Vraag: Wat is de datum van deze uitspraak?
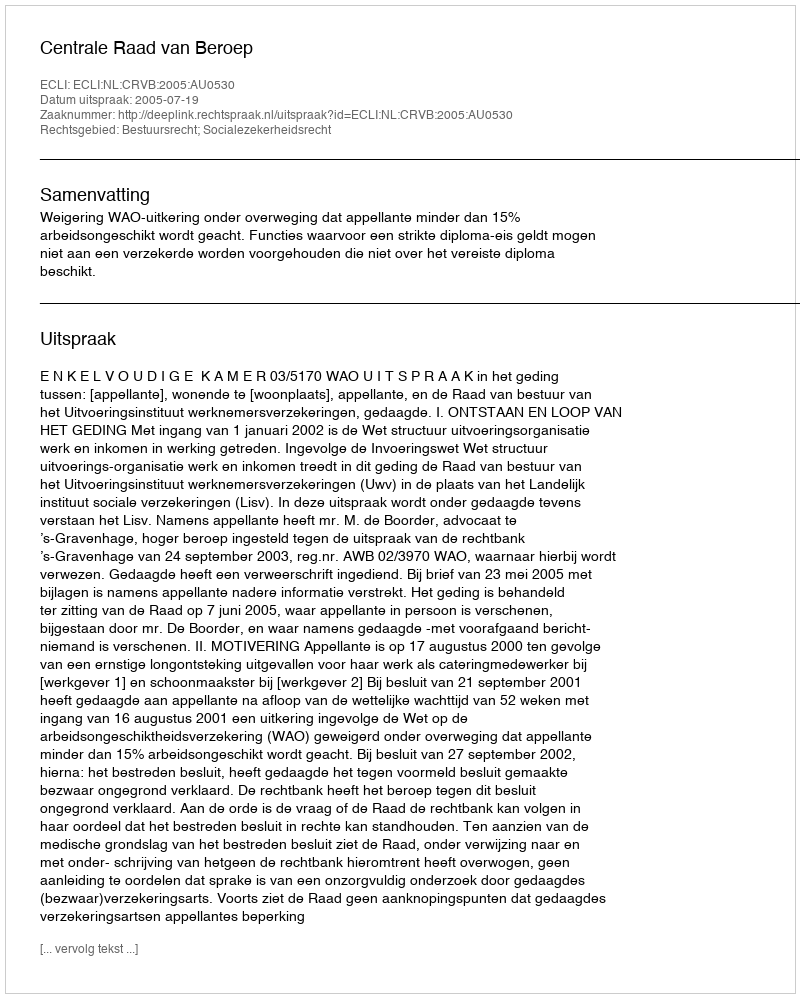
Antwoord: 2005-07-19